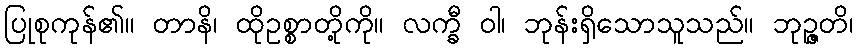
ပြုစုကုန်၏။ တာနိ၊ ထိုဥစ္စာတို့ကို။ လက္ခီ ဝါ၊ ဘုန်းရှိသောသူသည်။ ဘုဉ္ဇတိ၊